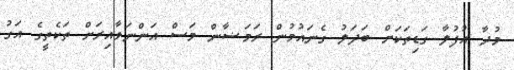
މުދާ އުފުލާ ގަޑިތަކަށް ބަދަލު ގެނައުމުން ރަމަޟާން މަސް އަންނަވާއިރަށް ތަކެތީގެ އަގު